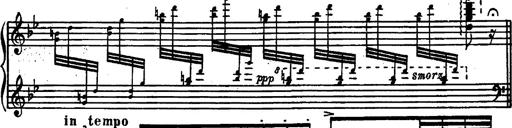
Title: Magyar rapszÃ³diÃ¡k
Composer: Franz Liszt